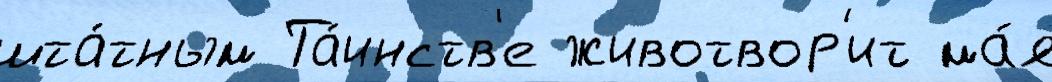
шта́тным Та́инств'е животвор'ит ма́я